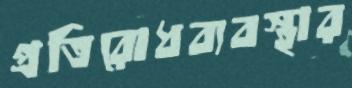
প্রতিরোধব্যবস্থার